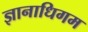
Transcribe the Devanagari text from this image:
ज्ञानाधिगम